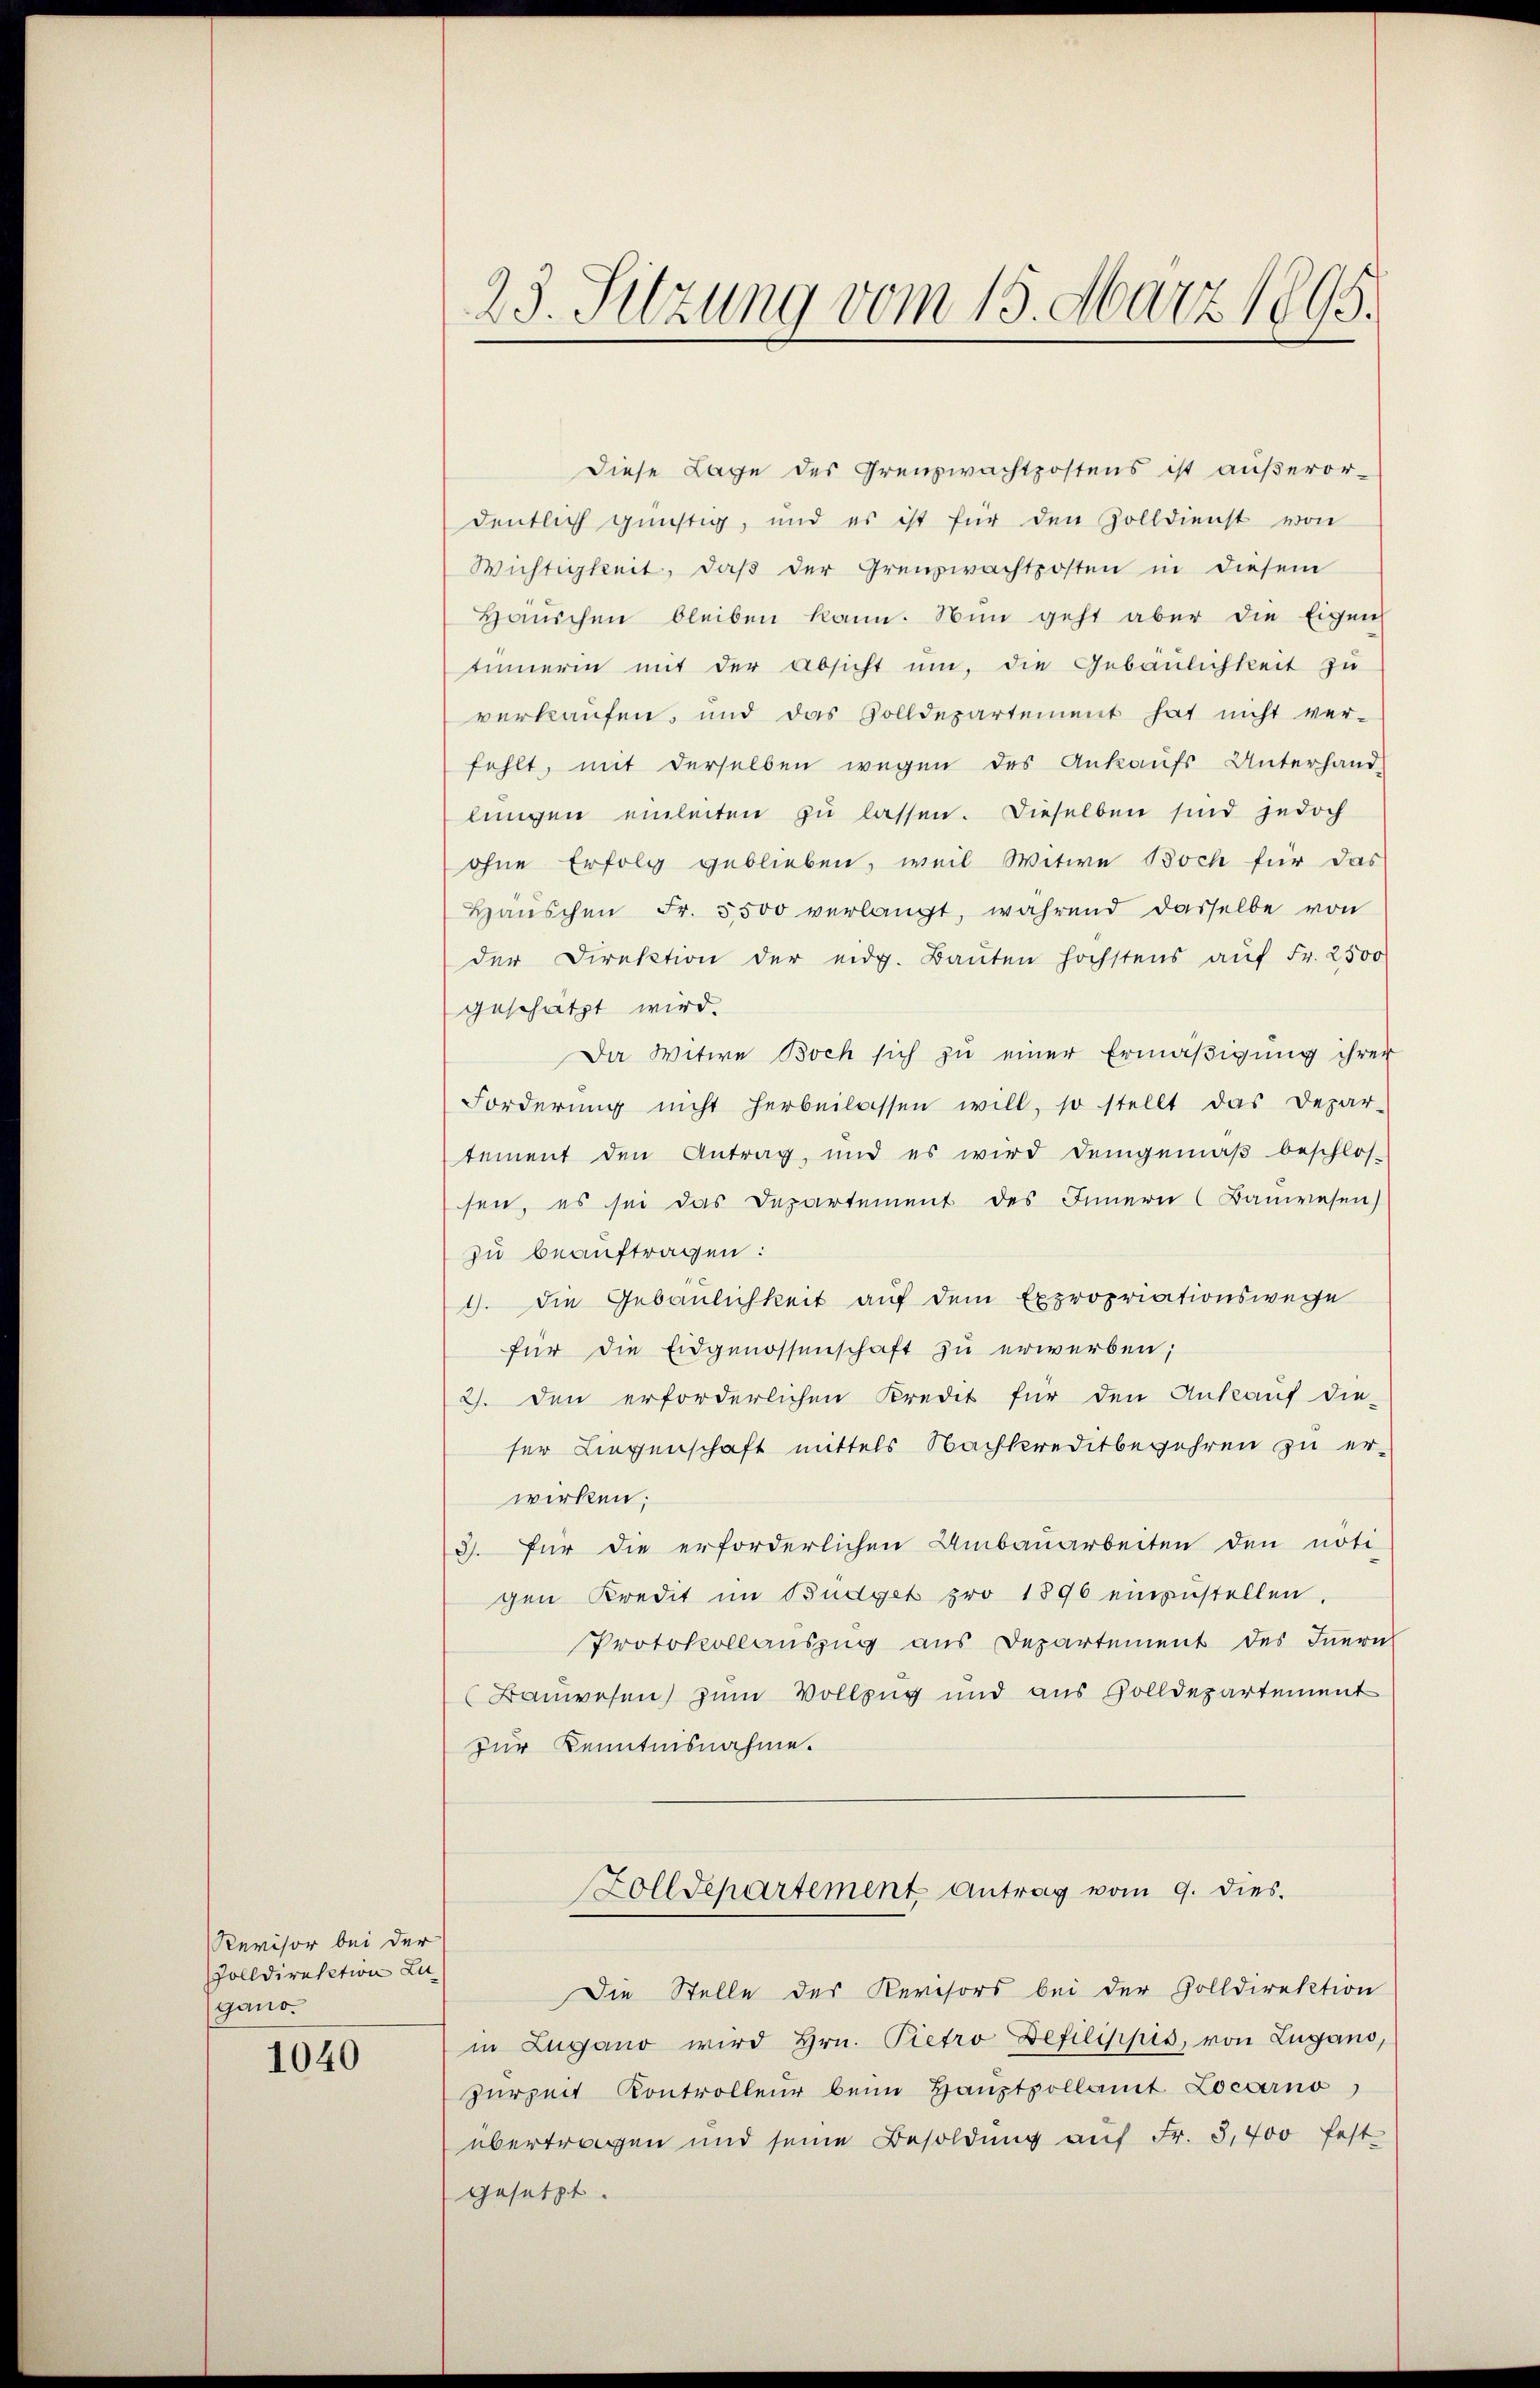
Revisor bei der
olldirektion Lugano.

1040

23. Sitzung vom 13. März 1895.

Diese Lage des Grenzwachtpostens ist außeror-
deutlich günstig, und es ist für den Zolldienst von
Wichtigkeit, daβ der Grenzwachtposten in diesem
Häŭschen bleiben kann. Nun geht aber die Eigen
tinnerin mit der Absicht ŭm die Gebäŭlichkeit zu
verkaufen, und das Solldepartement hat nicht ver-
fehlt, mit derselben wegen des Ankaufs Unterhand-
lungen einleiten zu lassen. Dieselben sind jedoch
ohne Erfolg geblieben, weil Witwe Boch für das
Hanschen Fr. 5500 verlangt, während dasselbe von
der Direktion der eidg. Baŭten höchstens aŭf Fr. 2500
geschätzt wird.
Da Witwe Boch sich zŭ einer Ermäßigung ihrer
Forderŭng nicht herbeilassen will, so stellt das Depar-
tement den Antrag, und es wird demgemäβ beschlos-
sen, es sei das Departement des Innern (Bauwesen)
zu beauftragen:
1. Die Gebäulichkeit auf dem Expropriationswege
für die Eidgenossenschaft zu erwerben;
2). Den erforderlichen Kredit für den Ankauf die-
ser Liegenschaft mittels Nachkreditbegehren zu erwirken;
3. Für die erforderlichen Umbauarbeiten den nöti-
gen Kredit im Budget pro 1890 einzustellen.
Protokollauszug aus Departement des Inern
(Bauwesen) zum Vollzug und aus Zolldepartement
zur Kenntnisnahme.
Zolldepartement, Antrag vom 9. dies
Die Stelle des Kevisors bei der Golldirektion
in Zugano wird Hrn. Pietro Defilippis, von Lugano,
Herzeit Kontrolleur beim Haŭptpollamt Locarno,
übertragen und seine Besoldung auf Fr. 5,400 fest
gesetzt.